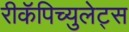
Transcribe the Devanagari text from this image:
रीकॅपिच्युलेट्स